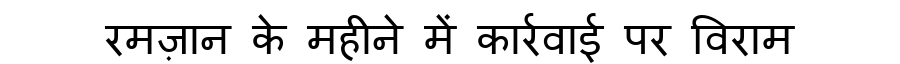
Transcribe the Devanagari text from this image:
रमज़ान के महीने में कार्रवाई पर विराम